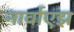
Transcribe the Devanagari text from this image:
नार्वाएझ